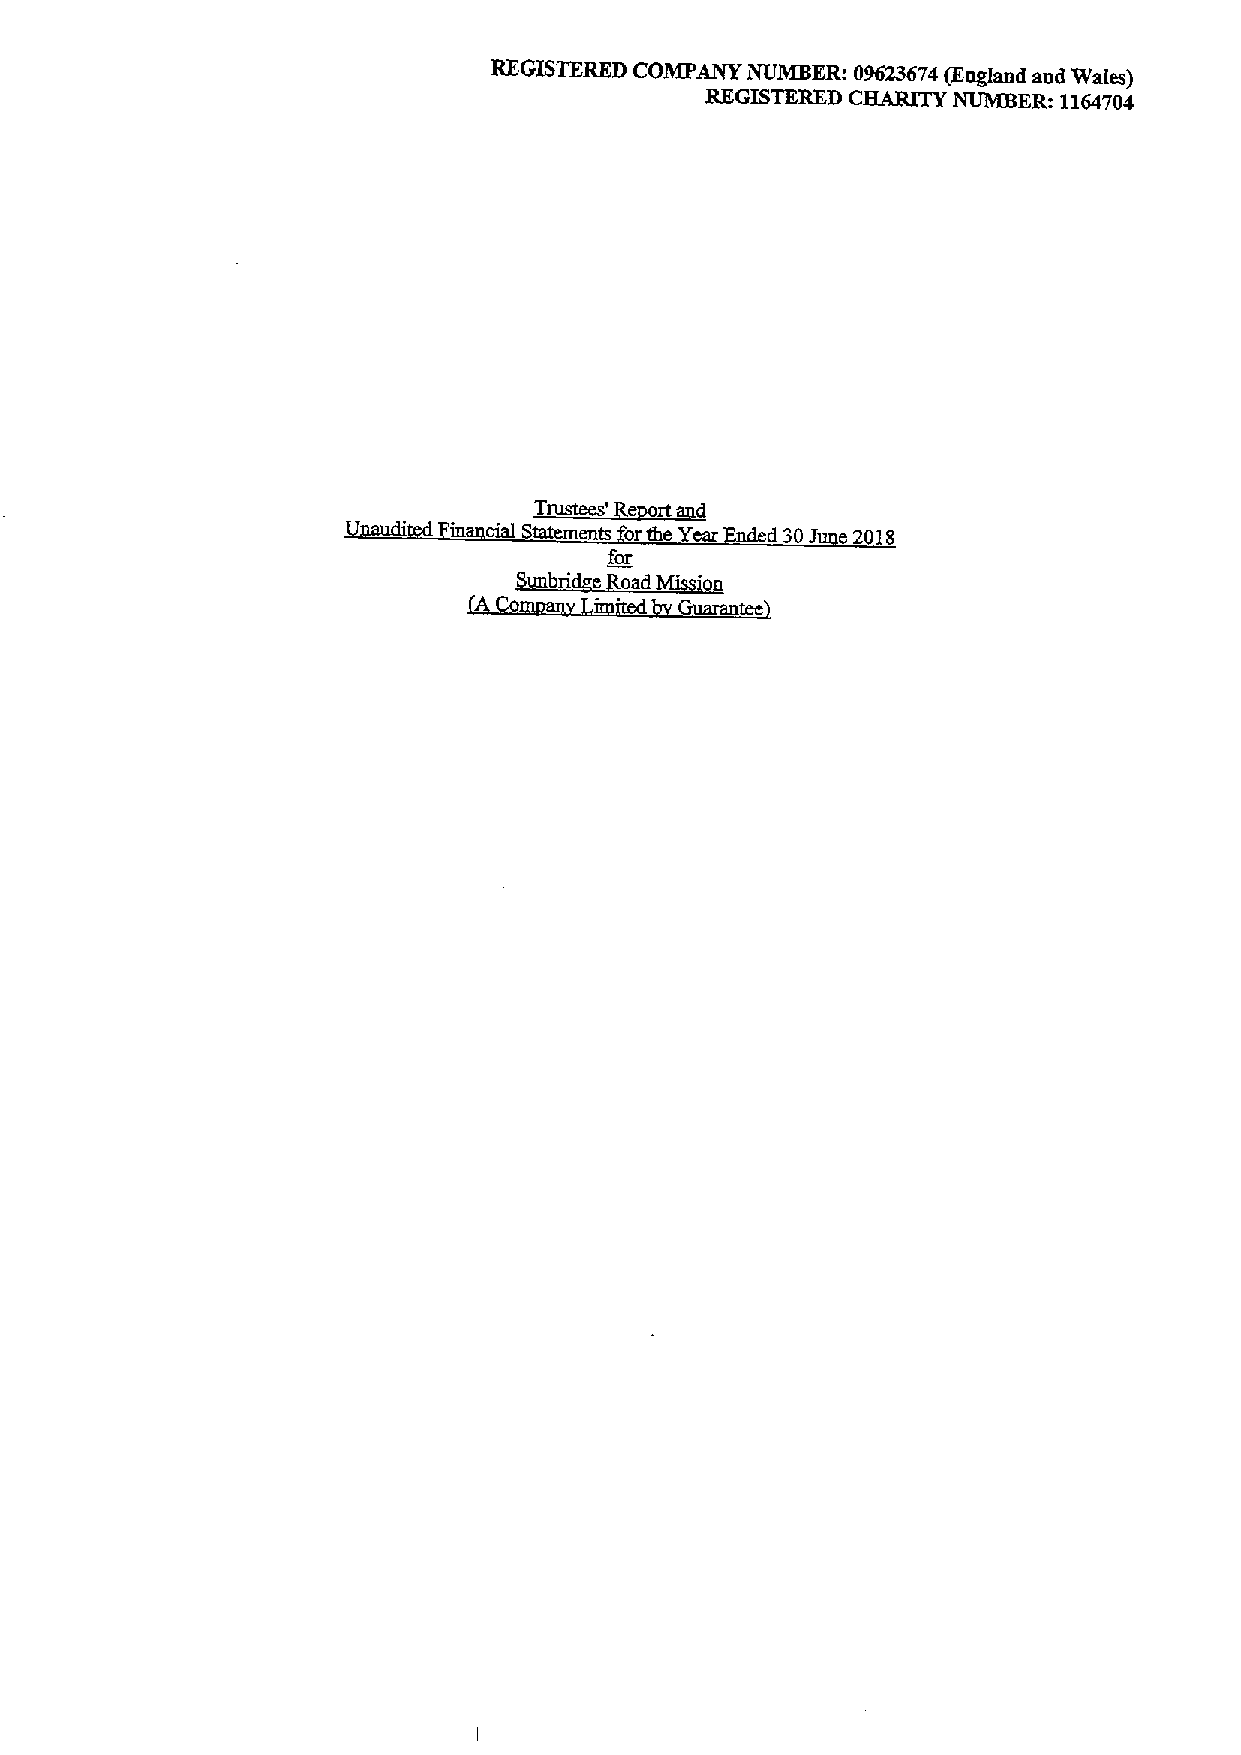
C~
 REGISTERED COMPANY NUMBER: 09623674(England and Wales)
 REGISTERED      NUMBER: 1164704
 Trustees~por~td
 in cial Statements orthe Year d30I e2018
 for
 '      '
 b  e oad  'on